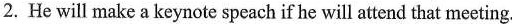
2. He will make a keynote speach if he will attend that meeting.